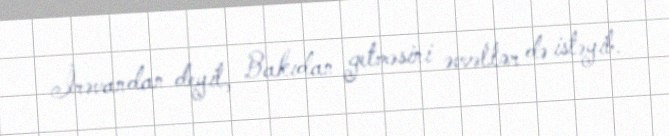
İrəvandan deyil, Bakıdan getməsini əvvəllər də istəyib.